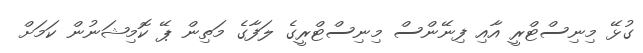
ގުޅޭ މިނިސްޓްރީ އާއި ފިނޭންސް މިނިސްޓްރީގެ ލަފާގެ މަތިން ޕޭ ކޮމިޝަނުން ކަމަށް